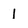
Character: l